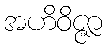
အဟိဝိဇ္ဇာ